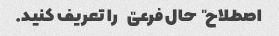
اصطلاح "حال فرعی" را تعریف کنید.